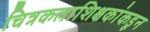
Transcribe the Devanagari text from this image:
चित्रकलाशिक्षकांकडून